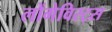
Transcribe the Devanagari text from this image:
लोंगेविस्ट्स